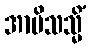
အာမိသသ္မိံ